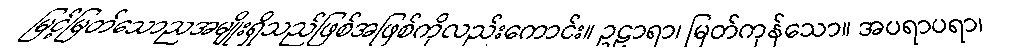
မြင့်မြတ်သောညအမျိုးရှိသည်ဖြစ်အဖြစ်ကိုလည်းကောင်း။ ဥဠာရာ၊ မြတ်ကုန်သော။ အပရာပရာ၊